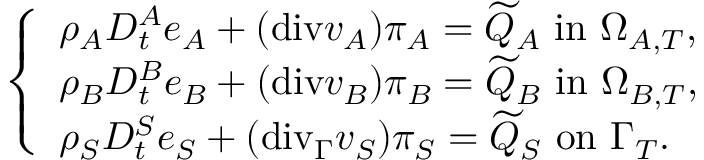
\left\{ \begin{array} { l l } { \rho _ { A } D _ { t } ^ { A } e _ { A } + ( \mathrm { { d i v } } v _ { A } ) \pi _ { A } = \widetilde { Q } _ { A } \mathrm { ~ i n ~ } \Omega _ { A , T } , } \\ { \rho _ { B } D _ { t } ^ { B } e _ { B } + ( { \mathrm { d i v } } v _ { B } ) \pi _ { B } = \widetilde { Q } _ { B } \mathrm { ~ i n ~ } \Omega _ { B , T } , } \\ { \rho _ { S } D _ { t } ^ { S } e _ { S } + ( \mathrm { { d i v } } _ { \Gamma } v _ { S } ) \pi _ { S } = \widetilde { Q } _ { S } \mathrm { ~ o n ~ } \Gamma _ { T } . } \end{array} \right.